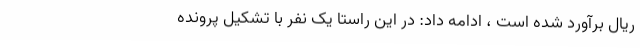
ریال برآورد شده است ، ادامه داد: در این راستا یک نفر با تشکیل پرونده